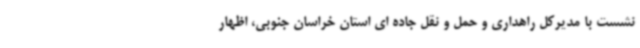
نشست با مدیرکل راهداری و حمل و نقل جاده ای استان خراسان جنوبی، اظهار